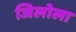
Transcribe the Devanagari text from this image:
जिलोला